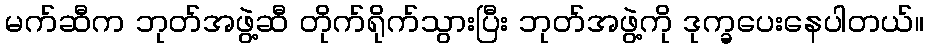
မက်ဆီက ဘုတ်အဖွဲ့ဆီ တိုက်ရိုက်သွားပြီး ဘုတ်အဖွဲ့ကို ဒုက္ခပေးနေပါတယ်။